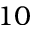
1 0